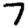
Digit: 7